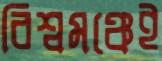
বিশ্বমঞ্চেই